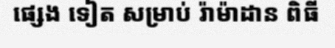
ផ្សេង ទៀត សម្រាប់ រ៉ាម៉ាដាន ពិធី